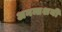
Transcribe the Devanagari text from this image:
अनन्तशयी